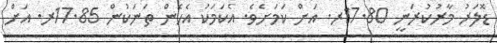
ޑޮލަރު މާރުކުރަނީ 17.80ރ. އަށް ކަމަށެވެ. އެކަމަކު އެހެން ތަނަކުން 17.85ރ. އަށް